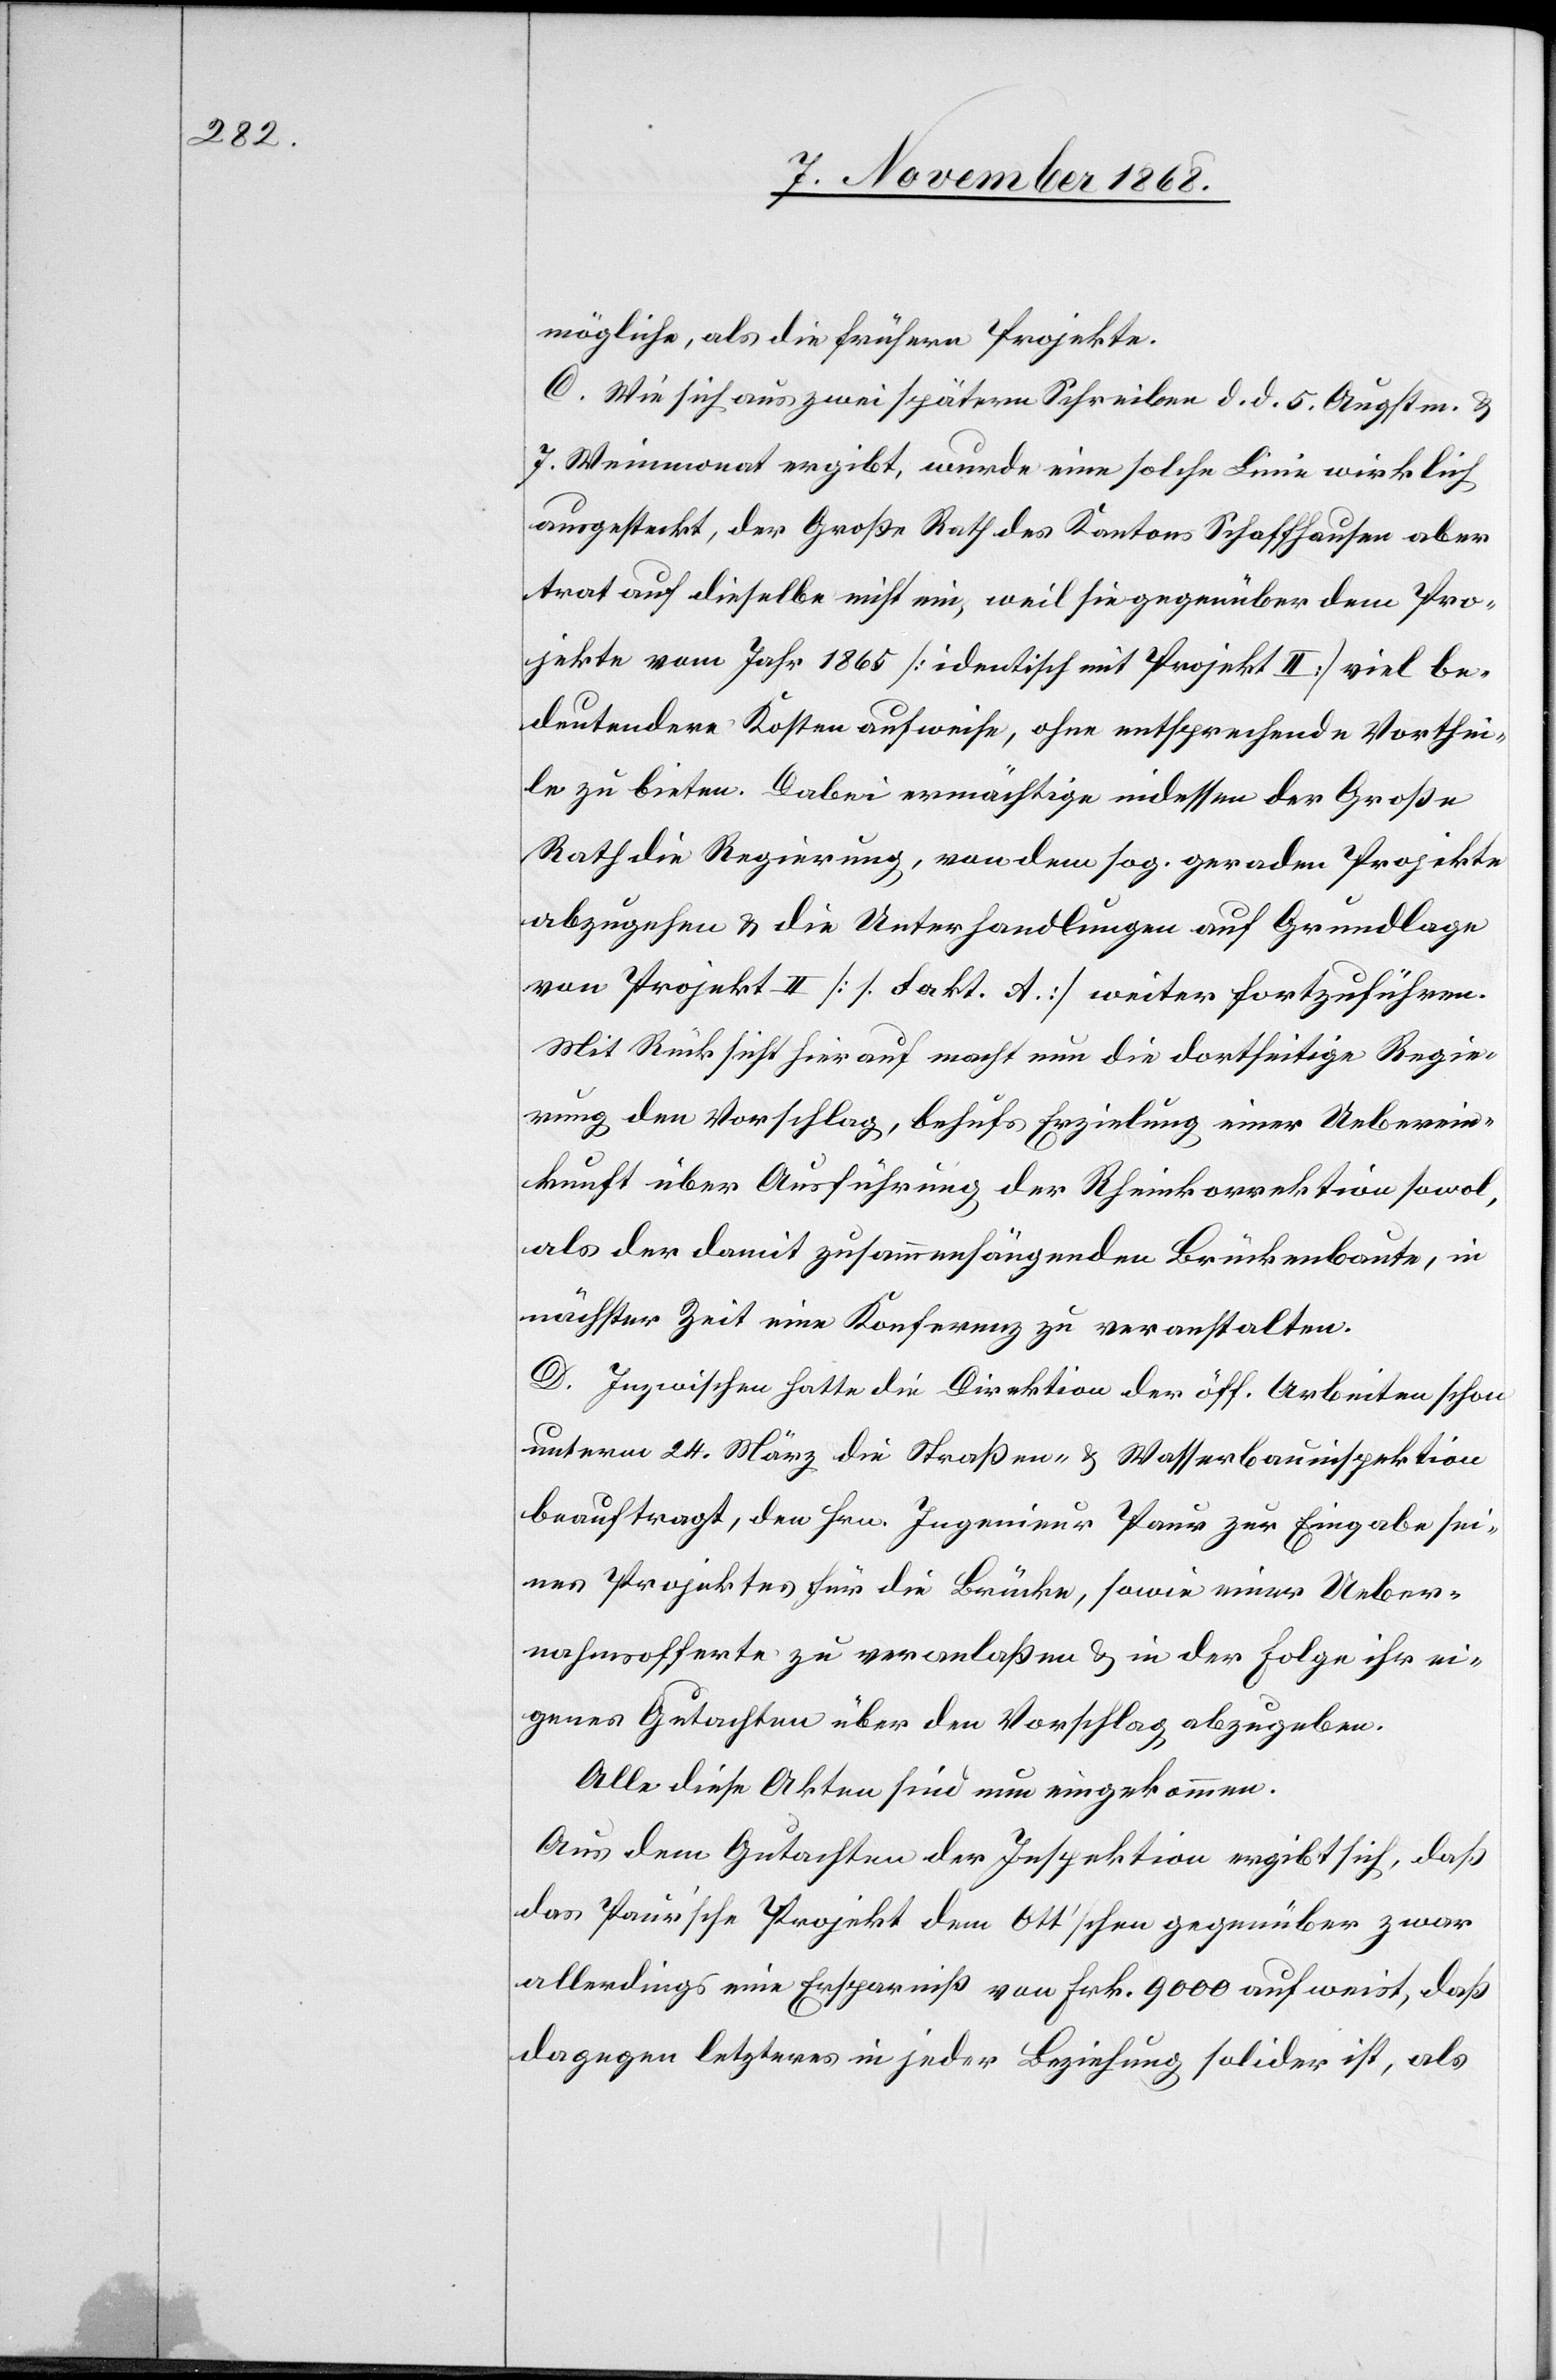
mögliche, als die frühern Projekte.
C. Wie sich aus zwei spätern Schreiben d. d. 5. Augstm. &
7. Weinmonat ergibt, wurde eine solche Linie wirklich
ausgesteckt, der Große Rath des Kantons Schaffhausen aber
trat auf dieselbe nicht ein, weil sie gegenüber dem Pro¬
jekte vom Jahr 1865 [identisch mit Projekt II] viel be¬
deutendere Kosten aufweise, ohne entsprechende Vorthei¬
le zu bieten. Dabei ermächtige indessen der Große
Rath die Regierung, von dem sog. geraden Projekte
abzugehen & die Unterhandlungen auf Grundlage
von Projekt II [s. Fakt. A.] weiter fortzuführen.
Mit Rücksicht hierauf macht nun die dortseitige Regie¬
rung den Vorschlag, behufs Erzielung einer Ueberein¬
kunft über Ausführung der Rheinkorrektion sowol,
als der damit zusammenhängenden Brückenbaute, in
nächster Zeit eine Konferenz zu veranstalten.
D. Inzwischen hatte die Direktion der öff. Arbeiten schon
unterm 24. März die Straßen- & Wasserbauinspektion
beauftragt, den Hrn. Ingenieur Paur zur Eingabe sei¬
nes Projektes für die Brücke, sowie einer Ueber¬
nahmsofferte zu veranlaßen & in der Folge ihr ei¬
genes Gutachten über den Vorschlag abzugeben.
Alle diese Akten sind nun eingekommen.
Aus dem Gutachten der Inspektion ergibt sich, daß
das Paur’sche Projekt dem Ott’schen gegenüber zwar
allerdings eine Ersparniß von Frk. 9000 aufweist, daß
dagegen letzteres in jeder Beziehung solider ist, als